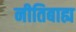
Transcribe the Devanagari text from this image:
नीतिबाह्य